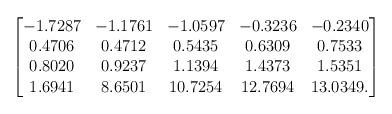
LaTeX: \begin{align*} \begin{bmatrix} -1.7287& -1.1761& -1.0597& -0.3236& -0.2340\\ 0.4706& 0.4712& 0.5435& 0.6309& 0.7533 \\ 0.8020& 0.9237& 1.1394& 1.4373& 1.5351 \\ 1.6941& 8.6501& 10.7254& 12.7694& 13.0349.\\ \end{bmatrix} \end{align*}